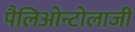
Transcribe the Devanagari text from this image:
पैलिओन्टोलाजी